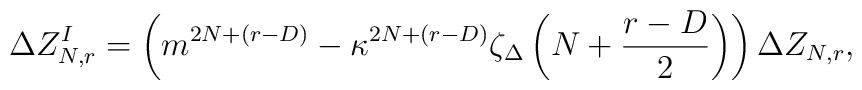
\Delta Z_{N,r}^{I}=\left(m^{2N+(r-D)}-\kappa^{2N+(r-D)}\zeta_\Delta  \left(N+\frac{r-D}{2}\right)\right)\Delta Z_{N,r},